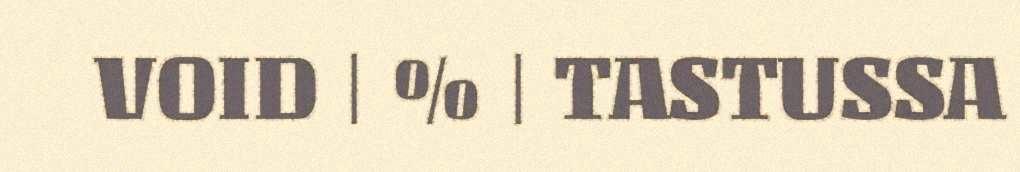
VOID | % | TASTUSSA